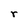
Character: r